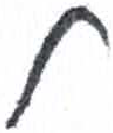
אות: ל